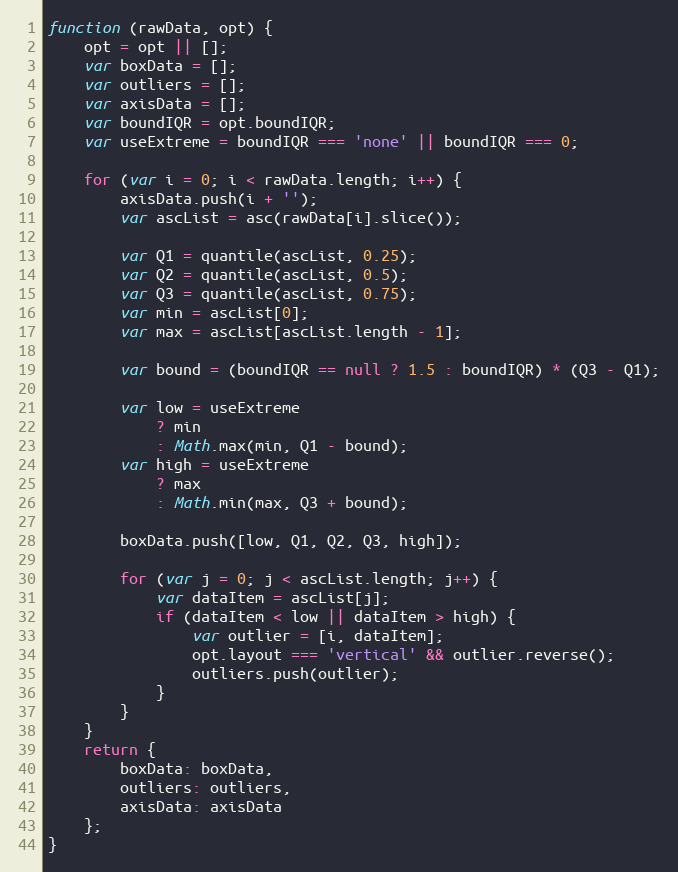
Language: JavaScript
function (rawData, opt) {
    opt = opt || [];
    var boxData = [];
    var outliers = [];
    var axisData = [];
    var boundIQR = opt.boundIQR;
    var useExtreme = boundIQR === 'none' || boundIQR === 0;

    for (var i = 0; i < rawData.length; i++) {
        axisData.push(i + '');
        var ascList = asc(rawData[i].slice());

        var Q1 = quantile(ascList, 0.25);
        var Q2 = quantile(ascList, 0.5);
        var Q3 = quantile(ascList, 0.75);
        var min = ascList[0];
        var max = ascList[ascList.length - 1];

        var bound = (boundIQR == null ? 1.5 : boundIQR) * (Q3 - Q1);

        var low = useExtreme
            ? min
            : Math.max(min, Q1 - bound);
        var high = useExtreme
            ? max
            : Math.min(max, Q3 + bound);

        boxData.push([low, Q1, Q2, Q3, high]);

        for (var j = 0; j < ascList.length; j++) {
            var dataItem = ascList[j];
            if (dataItem < low || dataItem > high) {
                var outlier = [i, dataItem];
                opt.layout === 'vertical' && outlier.reverse();
                outliers.push(outlier);
            }
        }
    }
    return {
        boxData: boxData,
        outliers: outliers,
        axisData: axisData
    };
}